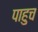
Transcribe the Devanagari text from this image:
पाहुच